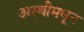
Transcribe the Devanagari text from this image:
अस्थीमधून